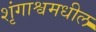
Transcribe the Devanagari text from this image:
शृंगाश्वमधील